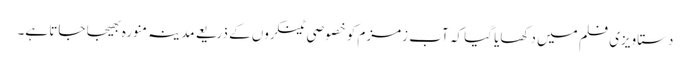
دستاویزی فلم میں دکھایا گیا کہ آب زمزم کو خصوصی ٹینکروں کے ذریعے مدینہ منورہ بھیجا جاتا ہے۔